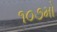
૧૦૭મો